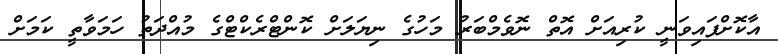
އާކޮށްފައިވަނީ ކުރިއަށް އޮތް ނޮވެމްބަރު މަހުގެ ނިޔަލަށް ކޮންޓްރެކްޓްގެ މުއްދަތު ހަމަވާތީ ކަމަށް